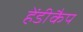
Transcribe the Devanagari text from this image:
हेंडीकैप